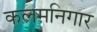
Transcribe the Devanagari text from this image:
कलमनिगार